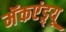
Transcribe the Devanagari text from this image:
मॅकएंड्र्यू